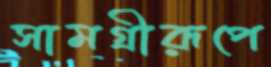
সামগ্রীরূপে